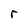
Character: r